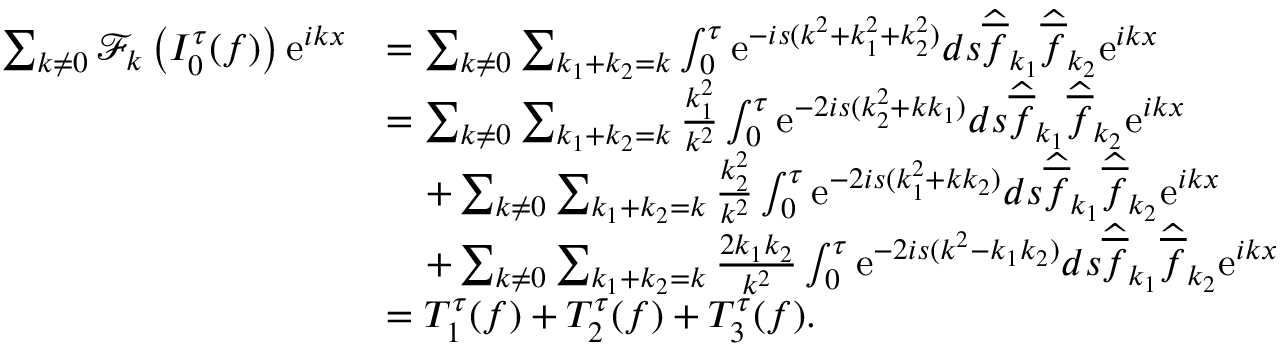
\begin{array} { r l } { \sum _ { k \not = 0 } \mathcal { F } _ { k } \left( I _ { 0 } ^ { \tau } ( f ) \right) \mathrm { e } ^ { i k x } } & { = \sum _ { k \not = 0 } \sum _ { k _ { 1 } + k _ { 2 } = k } \int _ { 0 } ^ { \tau } \mathrm { e } ^ { - i s ( k ^ { 2 } + k _ { 1 } ^ { 2 } + k _ { 2 } ^ { 2 } ) } d s \widehat { \overline { { f } } } _ { k _ { 1 } } \widehat { \overline { { f } } } _ { k _ { 2 } } \mathrm { e } ^ { i k x } } \\ & { = \sum _ { k \not = 0 } \sum _ { k _ { 1 } + k _ { 2 } = k } \frac { k _ { 1 } ^ { 2 } } { k ^ { 2 } } \int _ { 0 } ^ { \tau } \mathrm { e } ^ { - 2 i s ( k _ { 2 } ^ { 2 } + k k _ { 1 } ) } d s \widehat { \overline { { f } } } _ { k _ { 1 } } \widehat { \overline { { f } } } _ { k _ { 2 } } \mathrm { e } ^ { i k x } } \\ & { \quad + \sum _ { k \not = 0 } \sum _ { k _ { 1 } + k _ { 2 } = k } \frac { k _ { 2 } ^ { 2 } } { k ^ { 2 } } \int _ { 0 } ^ { \tau } \mathrm { e } ^ { - 2 i s ( k _ { 1 } ^ { 2 } + k k _ { 2 } ) } d s \widehat { \overline { { f } } } _ { k _ { 1 } } \widehat { \overline { { f } } } _ { k _ { 2 } } \mathrm { e } ^ { i k x } } \\ & { \quad + \sum _ { k \not = 0 } \sum _ { k _ { 1 } + k _ { 2 } = k } \frac { 2 k _ { 1 } k _ { 2 } } { k ^ { 2 } } \int _ { 0 } ^ { \tau } \mathrm { e } ^ { - 2 i s ( k ^ { 2 } - k _ { 1 } k _ { 2 } ) } d s \widehat { \overline { { f } } } _ { k _ { 1 } } \widehat { \overline { { f } } } _ { k _ { 2 } } \mathrm { e } ^ { i k x } } \\ & { = T _ { 1 } ^ { \tau } ( f ) + T _ { 2 } ^ { \tau } ( f ) + T _ { 3 } ^ { \tau } ( f ) . } \end{array}